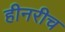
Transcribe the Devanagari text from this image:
हीनरीच